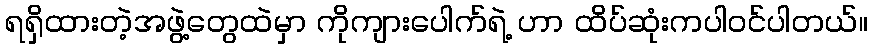
ရရှိထားတဲ့အဖွဲ့တွေထဲမှာ ကိုကျားပေါက်ရဲ့ ဟာ ထိပ်ဆုံးကပါဝင်ပါတယ်။